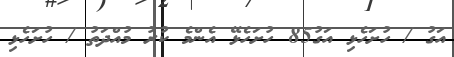
އަގު / ހުށަހެޅި އަގު85 ހުށަހެޅޭ އެންމެ ކުރު މުއްދަތު / ހުށަހެޅި